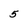
Character: 5